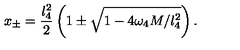
x _ { \pm } = \frac { l _ { 4 } ^ { 2 } } { 2 } \left( 1 \pm \sqrt { 1 - 4 \omega _ { 4 } M / l _ { 4 } ^ { 2 } } \right) .